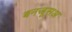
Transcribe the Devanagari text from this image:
बनजूसअ